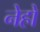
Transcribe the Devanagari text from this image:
नेहो